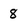
Character: 8